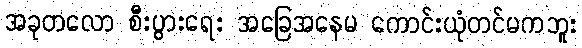
အခုတလော စီးပွားရေး အခြေအနေမ ကောင်းယုံတင်မကဘူး